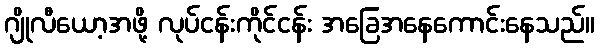
ဂျိုလီယော့အဖို့ လုပ်ငန်းကိုင်ငန်း အခြေအနေကောင်းနေသည်။